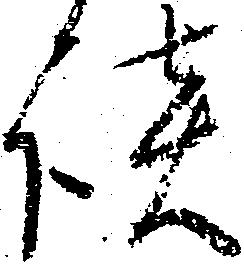
談